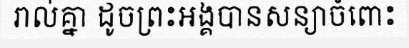
រាល់គ្នា ដូចព្រះអង្គបានសន្យាចំពោះ